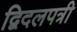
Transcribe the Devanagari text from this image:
द्विदलपत्री